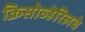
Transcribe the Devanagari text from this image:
क्रिसोव्हेरिलचे